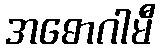
အဓောဂါမီ